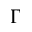
\Gamma